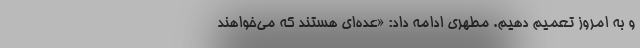
و به امروز تعمیم دهیم. مطهری ادامه داد: «عده‌ای هستند که می‌خواهند